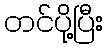
တင်ပို့ပြီး